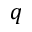
q